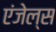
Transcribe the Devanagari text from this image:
एंजेल्‍स